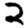
Digit: 2